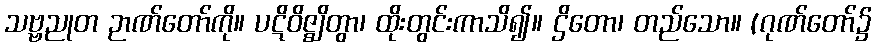
သဗ္ဗညုတ ဉာဏ်တော်ကို။ ပဋိဝိဇ္ဈိတွာ၊ ထိုးတွင်းကာသိ၍။ ဌိတော၊ တည်သော။ (ဂုဏ်တော်၌